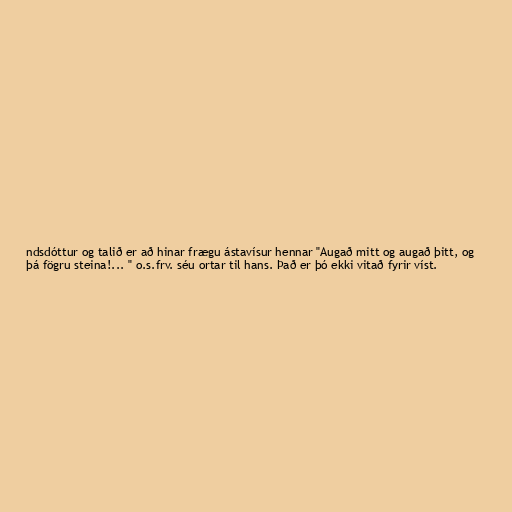
ndsdóttur og talið er að hinar frægu ástavísur hennar "Augað mitt og augað þitt, og
þá fögru steina!... " o.s.frv. séu ortar til hans. Það er þó ekki vitað fyrir víst.